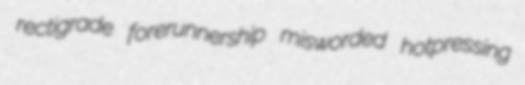
rectigrade forerunnership misworded hotpressing